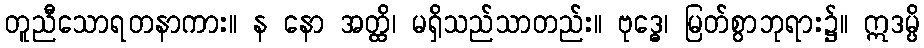
တူညီသောရတနာကား။ န နော အတ္ထိ၊ မရှိသည်သာတည်း။ ဗုဒ္ဓေ၊ မြတ်စွာဘုရား၌။ ဣဒမ္ပိ